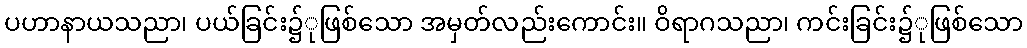
ပဟာနာယသညာ၊ ပယ်ခြင်း၌ုဖြစ်သော အမှတ်လည်းကောင်း။ ဝိရာဂသညာ၊ ကင်းခြင်း၌ုဖြစ်သော